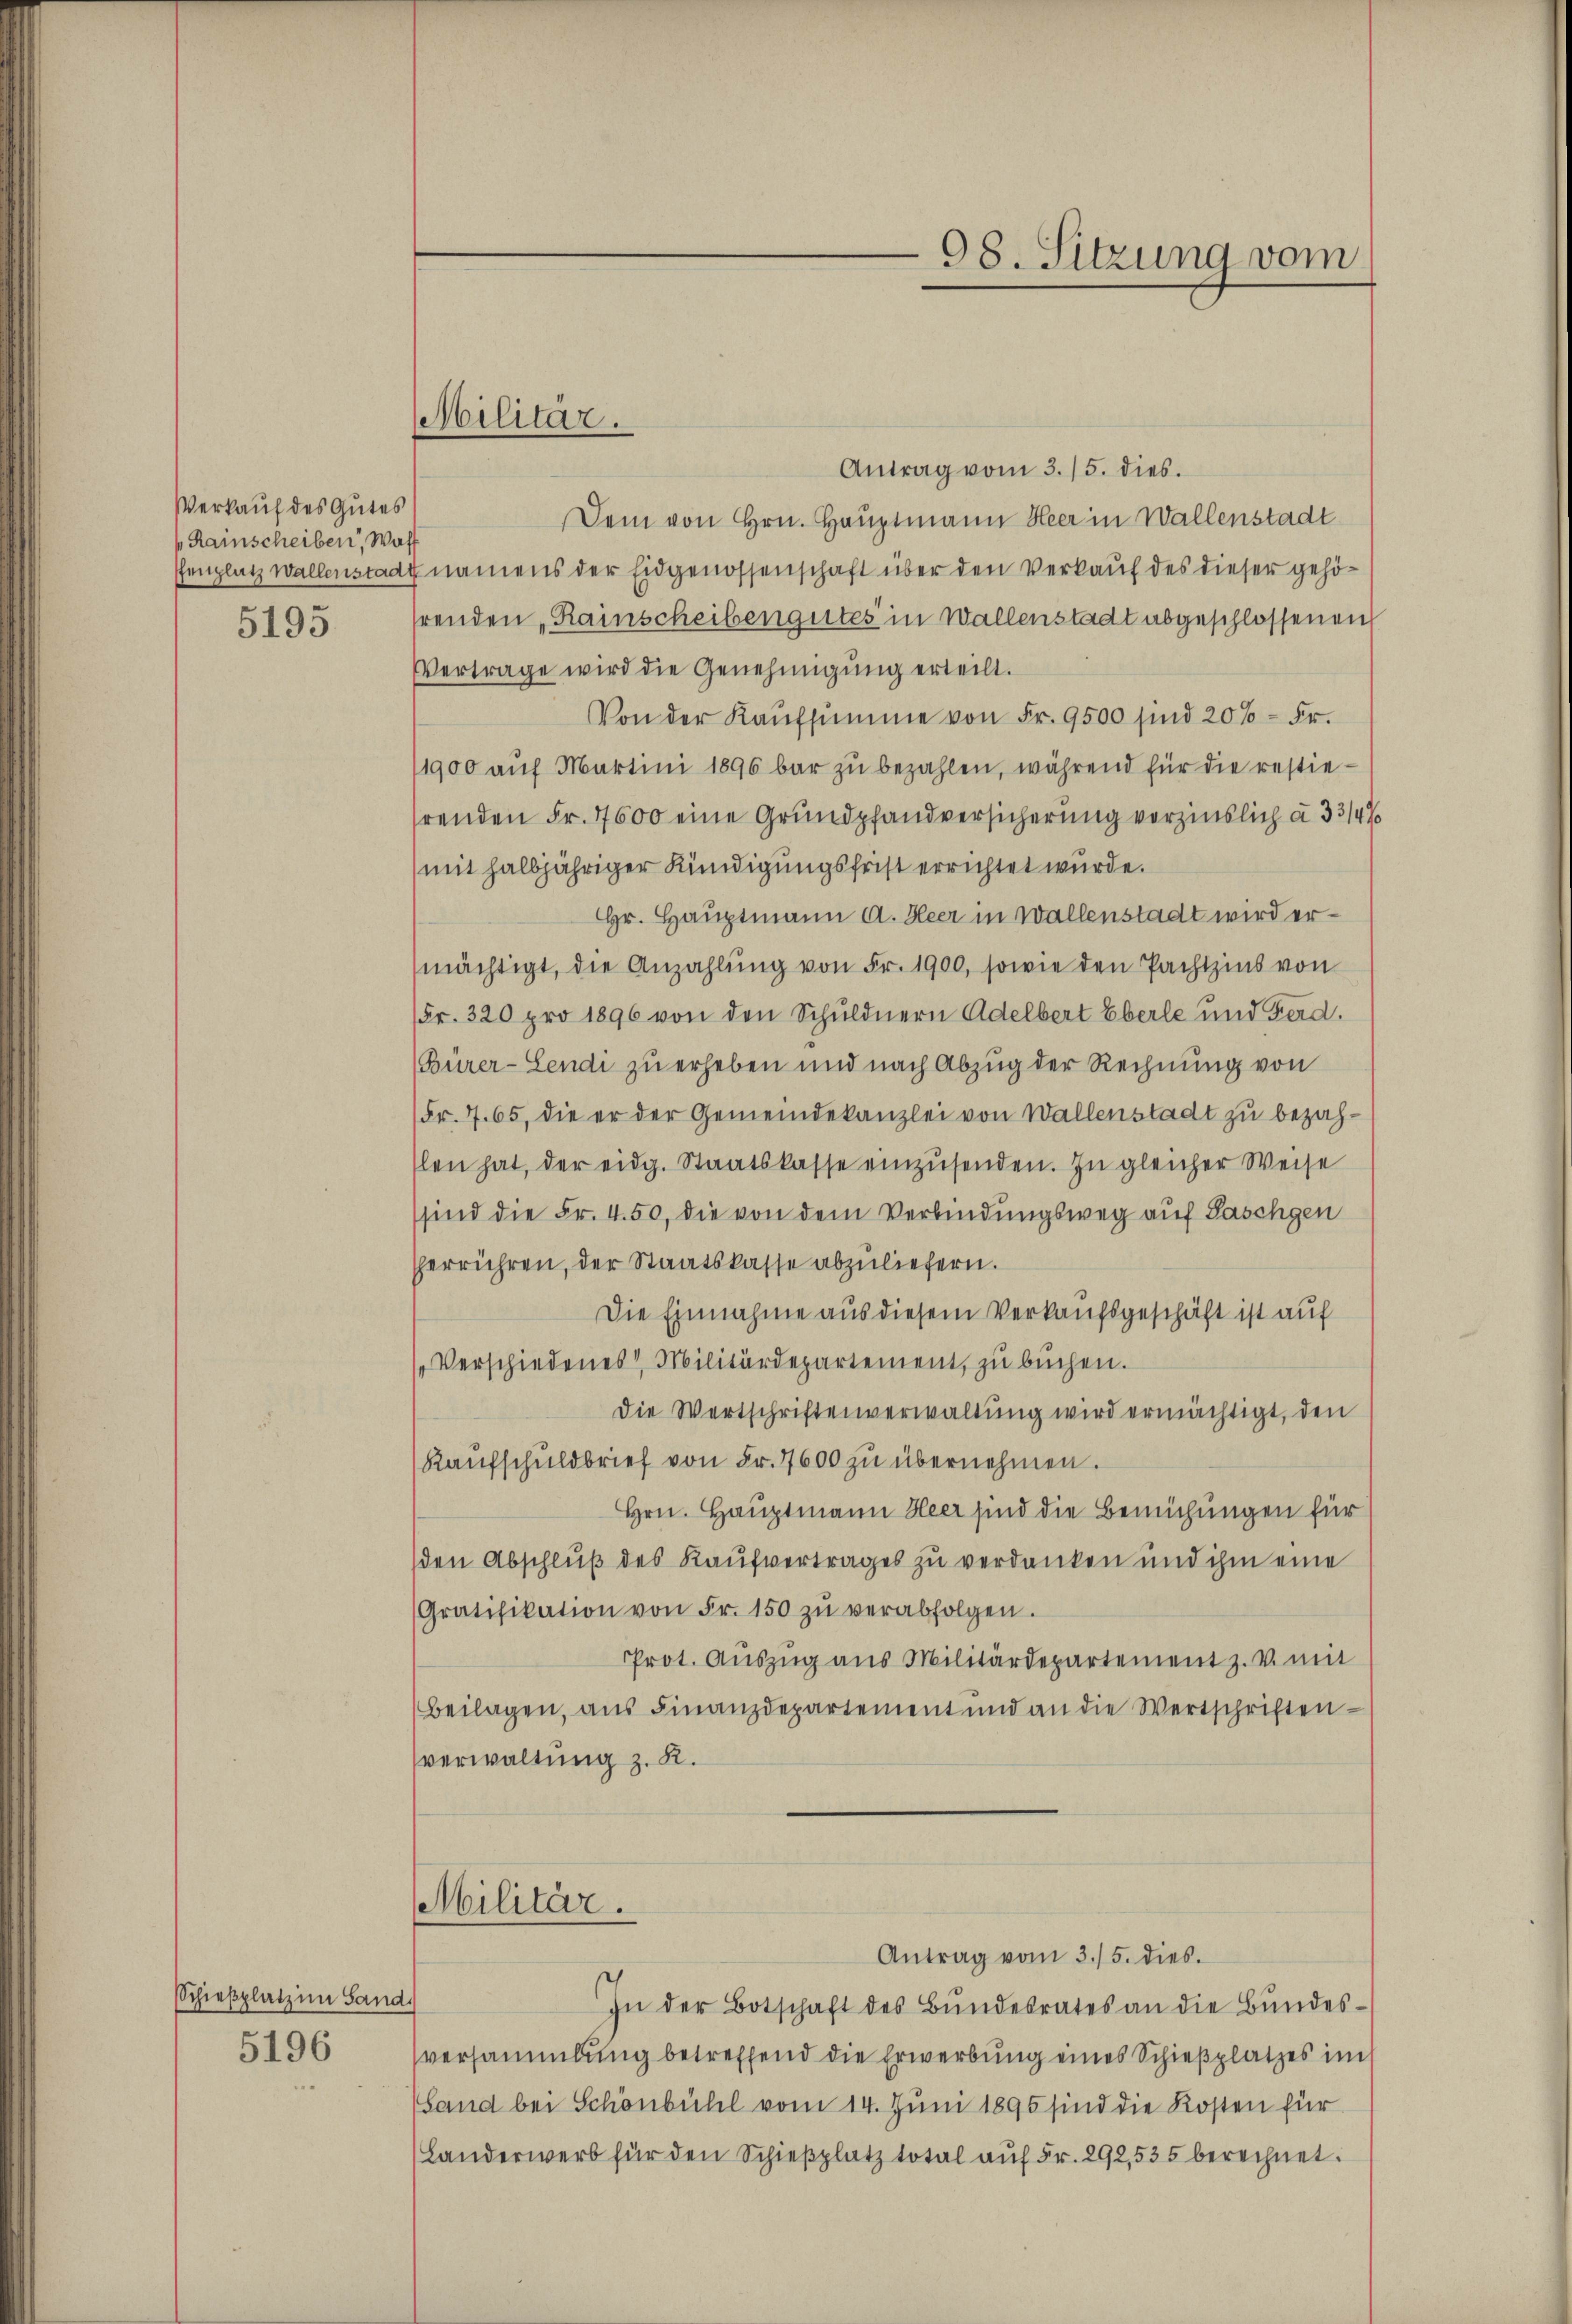
Verkauf des Gutes
Rainscheiben, Waff
5195

Schießplatz im Land

5196

Antrag vom 3./5. dies.
Dem von Hrn. Hauptmann Heer in Wallenstadt
fenplatz wallenstadt namens der Eidgenossenschaft über den Verkauf des dieser gehöfrenden „Rainscheiben gutes in Wallenstadt abgeschlossenen
Vertrage wird die Genehmigŭng erteilt.
Von der Kaŭfsumme von Fr. 9500 sind 20% = Fr.
/1900 aŭf Martini 1896 bar zu bezahlen, während für die restie
hrenden Fr. 7600 eine Grundpfandversicherung vorzinslich à 33/49
mit halbjähriger Kündigungsfrist errichtet wurde.
Hr. Hauptmann A. Heer in Wallenstadt wird ermächtigt, die Anzahlung von Fr. 1900, sowie den Pachtzins von
(Fr. 320 pro 1896 von den Schuldnern Adelbert Eberle und Ferd.
Bürer-Lendi zu erheben und nach Abzug der Rechnung von
(Fr. 7. 65, die er der Gemeindekanzlei von Wallenstadt zu bezahlen hat, der eidg. Staatskasse einzŭsenden. In gleicher Weise
sind die Fr. 450, die von dem Verbindungsweg auf Paschgen
herrühren, der Staatskasse abzuliefern.
Die Einnahme aus diesem Verkaufsgeschäft ist auf
Verschiedenes Militärdepartement, zŭ büchen.
Die Wertschriftenverwaltung wird ermächtigt, den
Kaŭfschuldbrief von Fr. 7600 zu übernehmen.
Hrn. Hauptmann Heer sind die Bemühungen für
(den Abschluß des Kaufvertrages zu verdanken und ihm eine
Gratifikation von Fr. 150 zŭ verabfolgen.
Prot. Auszug aus Militärdepartement z. v. mit
Beilagen, aŭs Finanzdepartement und an die Wertschriften
verwaltung z. R.
Militär.
Antrag vom 3./5. dies
In der Botschaft des Bŭndesrates an die Bŭndes-
versammlung betreffend die Erwerbung eines Schießplatzes im
Land bei Schönbühl vom 14. Juni 1895 sind die Kosten für
(Landerwerb für den Schieβplatz total aŭf Fr. 292, 535 berechnet.

Militär.

98. Sitzung vom